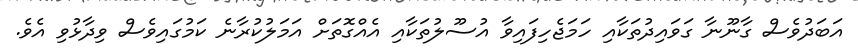
އަބަދުވެސް ގާނޫނާ ގަވައިދުތަކާއި ހަމަޖެހިފައިވާ އުސޫލުތަކާއި އެއްގޮތަށް އަމަލުކުރާނެ ކަމުގައިވެސް ވިދާޅުވި އެވެ.